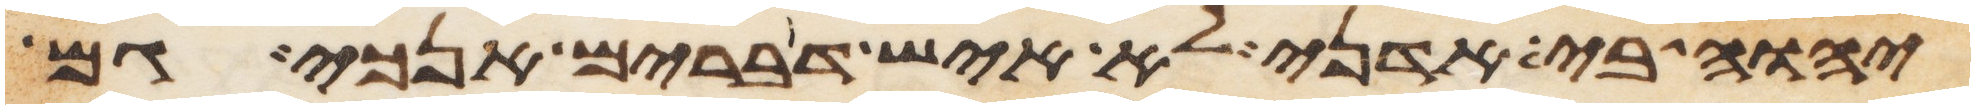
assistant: יהוה בי אדני לא איש דברים אנכי גם